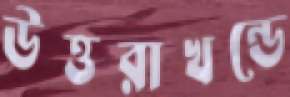
উত্তরাখন্ডে